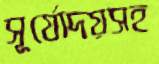
সূর্যোদয়সহ